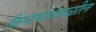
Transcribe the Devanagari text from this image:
किनार्याजवळील